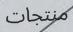
منتجات